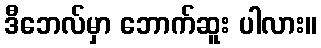
ဒီဘေလ်မှာ ဘောက်ဆူး ပါလား။